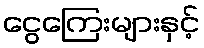
ငွေကြေးများနှင့်